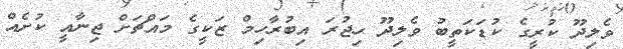
ވެލިދޫ ކުރީގެ ކުޑަކަތީބު ވެލިދޫ ހިޖުރަ އިބުރާހިމް ޒަކީގެ މައްޗަށް ޖިނާއީ ކުށެއް